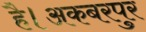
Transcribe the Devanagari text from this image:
है।अकबरपुर